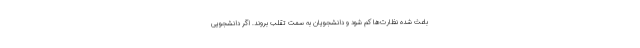
باعث شده نظارت‌ها کم شود و دانشجویان به سمت تقلب بروند. اگر دانشجویی